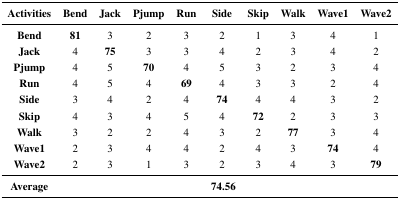
<table><thead><tr><td><b>Activities</b></td><td><b>Bend</b></td><td><b>Jack</b></td><td><b>Pjump</b></td><td><b>Run</b></td><td><b>Side</b></td><td><b>Skip</b></td><td><b>Walk</b></td><td><b>Wave1</b></td><td><b>Wave2</b></td></tr></thead><tbody><tr><td><b>Bend</b></td><td><b>81</b></td><td>3</td><td>2</td><td>3</td><td>2</td><td>1</td><td>3</td><td>4</td><td>1</td></tr><tr><td><b>Jack</b></td><td>4</td><td><b>75</b></td><td>3</td><td>3</td><td>4</td><td>2</td><td>3</td><td>4</td><td>2</td></tr><tr><td><b>Pjump</b></td><td>4</td><td>5</td><td><b>70</b></td><td>4</td><td>5</td><td>3</td><td>2</td><td>3</td><td>4</td></tr><tr><td><b>Run</b></td><td>4</td><td>5</td><td>4</td><td><b>69</b></td><td>4</td><td>3</td><td>3</td><td>2</td><td>4</td></tr><tr><td><b>Side</b></td><td>3</td><td>4</td><td>2</td><td>4</td><td><b>74</b></td><td>4</td><td>4</td><td>3</td><td>2</td></tr><tr><td><b>Skip</b></td><td>4</td><td>3</td><td>4</td><td>5</td><td>4</td><td><b>72</b></td><td>2</td><td>3</td><td>3</td></tr><tr><td><b>Walk</b></td><td>3</td><td>2</td><td>2</td><td>4</td><td>3</td><td>2</td><td><b>77</b></td><td>3</td><td>4</td></tr><tr><td><b>Wave1</b></td><td>2</td><td>3</td><td>4</td><td>4</td><td>2</td><td>4</td><td>3</td><td><b>74</b></td><td>4</td></tr><tr><td><b>Wave2</b></td><td>2</td><td>3</td><td>1</td><td>3</td><td>2</td><td>3</td><td>4</td><td>3</td><td><b>79</b></td></tr><tr><td><b>Average</b></td><td></td><td></td><td></td><td></td><td><b>74.56</b></td><td></td><td></td><td></td><td></td></tr></tbody></table>